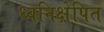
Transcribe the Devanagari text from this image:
ध्वनिक्षेपित